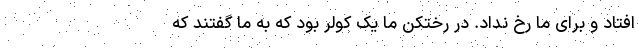
افتاد و برای ما رخ نداد. در رختکن ما یک کولر بود که به ما گفتند که